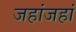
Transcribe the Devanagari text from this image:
जहांजहां